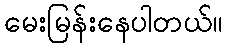
မေးမြန်းနေပါတယ်။